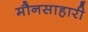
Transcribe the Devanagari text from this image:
मौनसाहारी